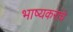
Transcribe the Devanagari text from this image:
भाष्यकरांचे